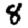
Digit: 8